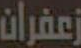
زعفران